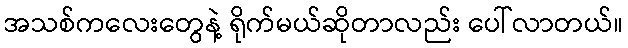
အသစ်ကလေးတွေနဲ့ ရိုက်မယ်ဆိုတာလည်း ပေါ်လာတယ်။